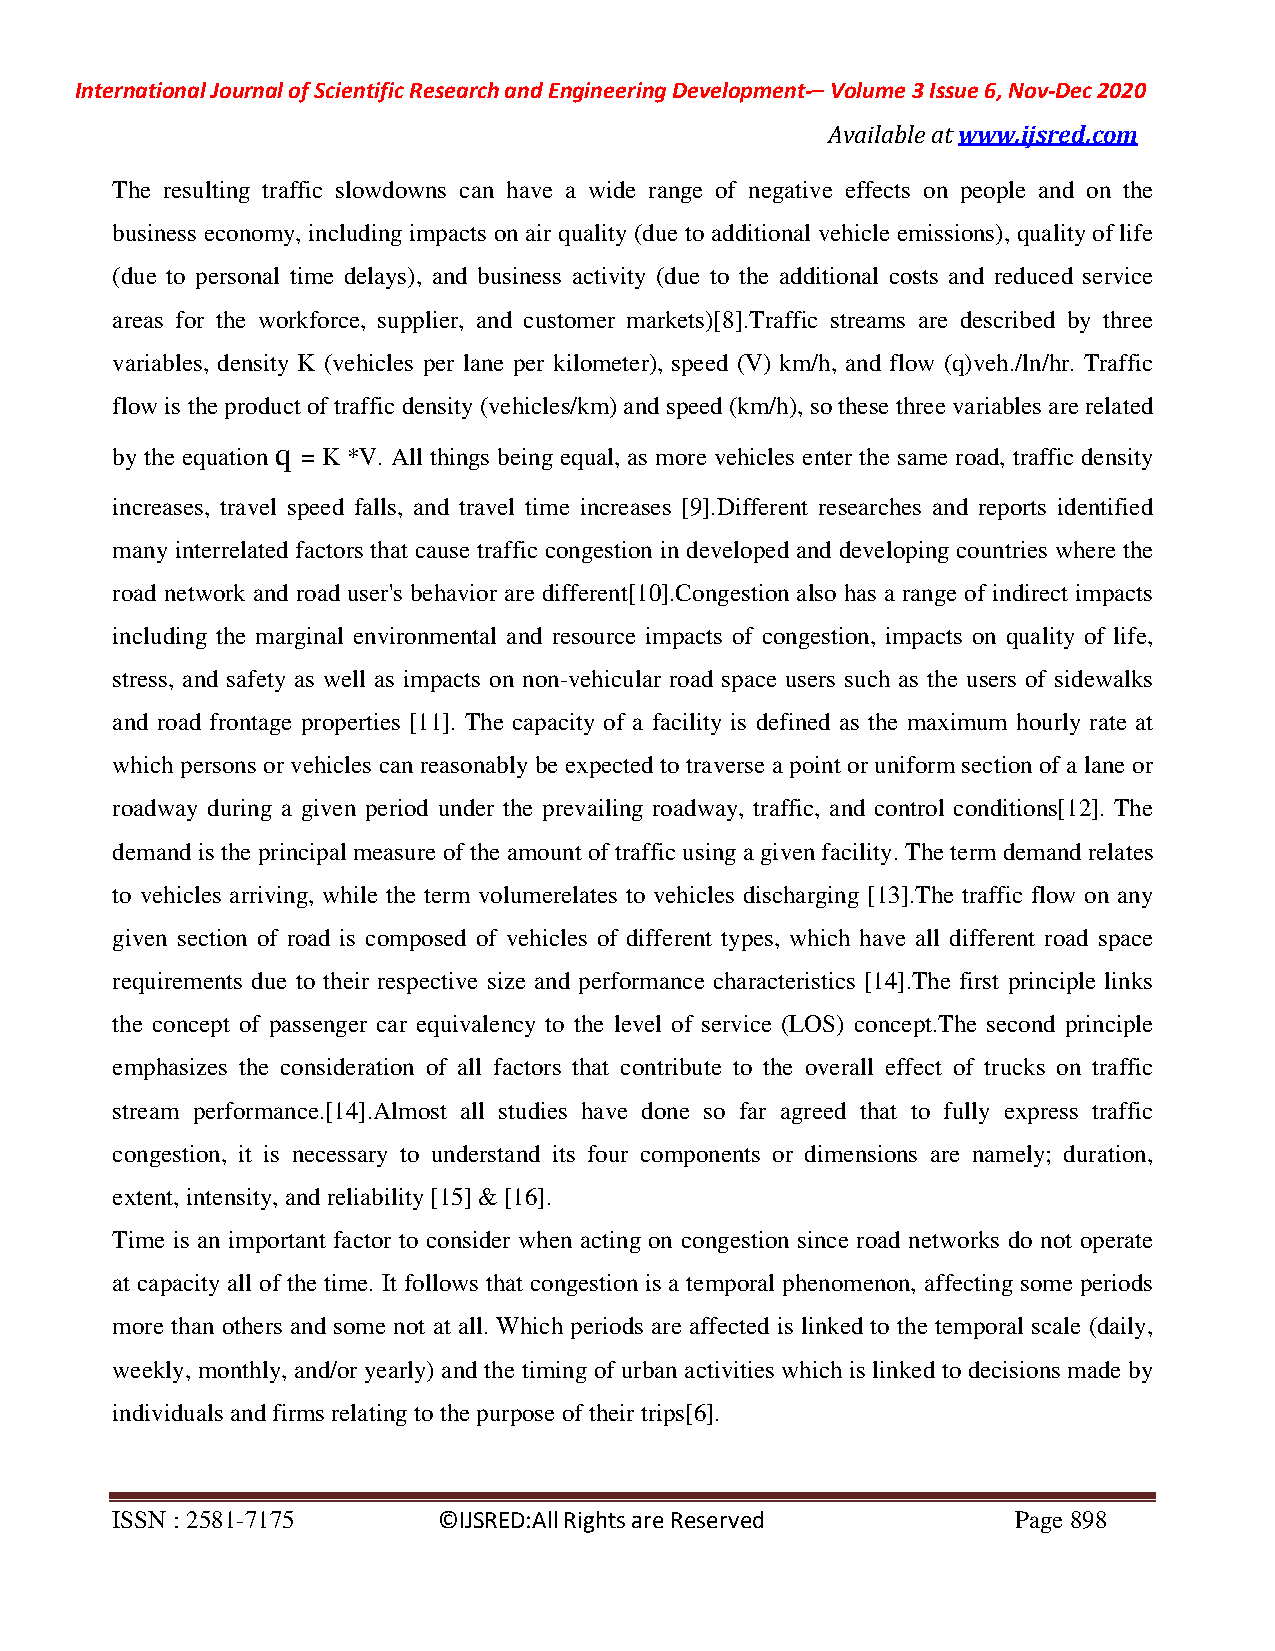
International Journal of Scientific Research and Engineering Development-– Volume 3 Issue 6, Nov-Dec 2020
 Available at www.ijsred.com
 The resulting traffic slowdowns can have a wide range of negative effects on people and on the
 business economy, including impacts on air quality (due to additional vehicle emissions), quality of life
 (due to personal time delays), and business activity (due to the additional costs and reduced service
 areas for the workforce, supplier, and customer markets)[8].Traffic streams are described by three
 variables, density K (vehicles per lane per kilometer), speed (V) km/h, and flow (q)veh./ln/hr. Traffic
 flow is the product of traffic density (vehicles/km) and speed (km/h), so these three variables are related
 q
 by the equation = K *V. All things being equal, as more vehicles enter the same road, traffic density
 increases, travel speed falls, and travel time increases [9].Different researches and reports identified
 many interrelated factors that cause traffic congestion in developed and developing countries where the
 road network and road user's behavior are different[10].Congestion also has a range of indirect impacts
 including the marginal environmental and resource impacts of congestion, impacts on quality of life,
 stress, and safety as well as impacts on non-vehicular road space users such as the users of sidewalks
 and road frontage properties [11]. The capacity of a facility is defined as the maximum hourly rate at
 which persons or vehicles can reasonably be expected to traverse a point or uniform section of a lane or
 roadway during a given period under the prevailing roadway, traffic, and control conditions[12]. The
 demand is the principal measure of the amount of traffic using a given facility. The term demand relates
 to vehicles arriving, while the term volumerelates to vehicles discharging [13].The traffic flow on any
 given section of road is composed of vehicles of different types, which have all different road space
 requirements due to their respective size and performance characteristics [14].The first principle links
 the concept of passenger car equivalency to the level of service (LOS) concept.The second principle
 emphasizes the consideration of all factors that contribute to the overall effect of trucks on traffic
 stream performance.[14].Almost all studies have done so far agreed that to fully express traffic
 congestion, it is necessary to understand its four components or dimensions are namely; duration,
 extent, intensity, and reliability [15] & [16].
 Time is an important factor to consider when acting on congestion since road networks do not operate
 at capacity all of the time. It follows that congestion is a temporal phenomenon, affecting some periods
 more than others and some not at all. Which periods are affected is linked to the temporal scale (daily,
 weekly, monthly, and/or yearly) and the timing of urban activities which is linked to decisions made by
 individuals and firms relating to the purpose of their trips[6].
 ISSN : 2581-7175      ©IJSRED:All Rights are Reserved       Page 898